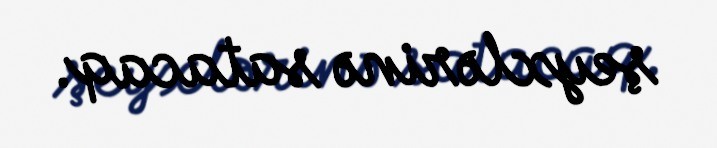
şeyxlərinə satacaq.